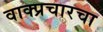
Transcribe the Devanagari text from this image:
वाक्प्रचारचा